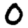
Digit: 0